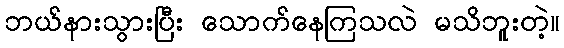
ဘယ်နားသွားပြီး သောက်နေကြသလဲ မသိဘူးတဲ့။